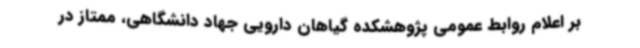
بر اعلام روابط عمومی پژوهشکده گیاهان دارویی جهاد دانشگاهی، ممتاز در